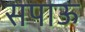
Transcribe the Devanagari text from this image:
सपाऊ